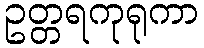
ဥတ္တရကုရုကာ